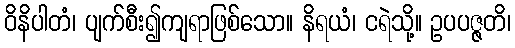
ဝိနိပါတံ၊ ပျက်စီး၍ကျရာဖြစ်သော။ နိရယံ၊ ငရဲသို့။ ဥပပဇ္ဇတိ၊